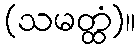
(သမတ္ထံ)။